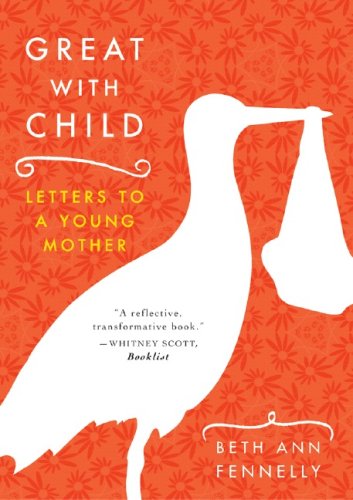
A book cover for Great with Child: Letters to a Young Mother; Beth Ann Fennelly; Literature & Fiction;